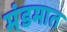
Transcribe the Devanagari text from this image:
मंडमात